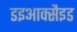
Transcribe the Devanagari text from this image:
डइआक्सैइड